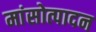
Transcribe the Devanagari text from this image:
मांसोत्पादन